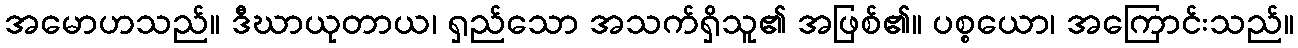
အမောဟသည်။ ဒီဃာယုတာယ၊ ရှည်သော အသက်ရှိသူ၏ အဖြစ်၏။ ပစ္စယော၊ အကြောင်းသည်။